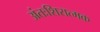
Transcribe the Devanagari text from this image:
अंतःशिरात्मक